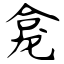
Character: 龛